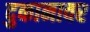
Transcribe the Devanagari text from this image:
दुकानावर